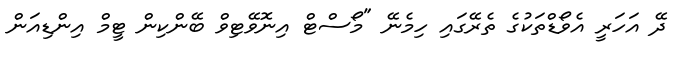
ދޭ އަހަރީ އެވޯޑްތަކުގެ ތެރޭގައި ހިމެނޭ "މޯސްޓް އިނޮވޭޓިވް ބޭންކިން ޓީމް އިންޑިއަން